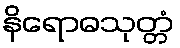
နိရောဓသုတ္တံ